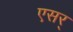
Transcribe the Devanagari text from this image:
एसर्